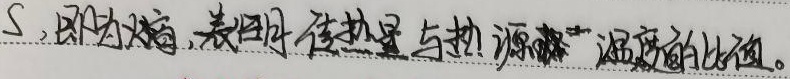
\(S\)，即为热导，表示传热量与热源温度的比值。